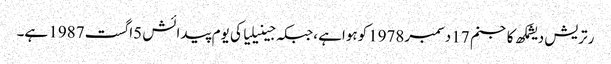
رتریش دیشمکھ کاجنم 17 دسمبر1978کوہواہے ،جبکہ جینیلیا کی یوم پیدائش 5اگست 1987 ہے۔